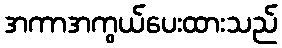
အကာအကွယ်ပေးထားသည်